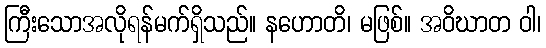
ကြီးသောအလိုရန်မက်ရှိသည်။ နဟောတိ၊ မဖြစ်။ အဝိဃာတ ဝါ၊